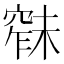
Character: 𱷑